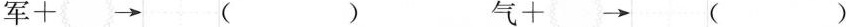
军+\rightarrow （ ） 气+ \rightarrow （）